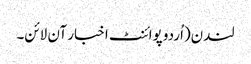
لندن(اُردو پوائنٹ اخبار آن لائن۔